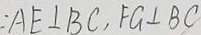
: A E \bot B C , F G \bot B C